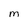
Character: M